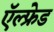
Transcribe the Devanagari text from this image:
ऍल्फ्रेड